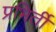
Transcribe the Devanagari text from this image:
प्रभिर्ती